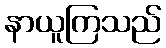
နာယူကြသည်